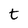
Character: t